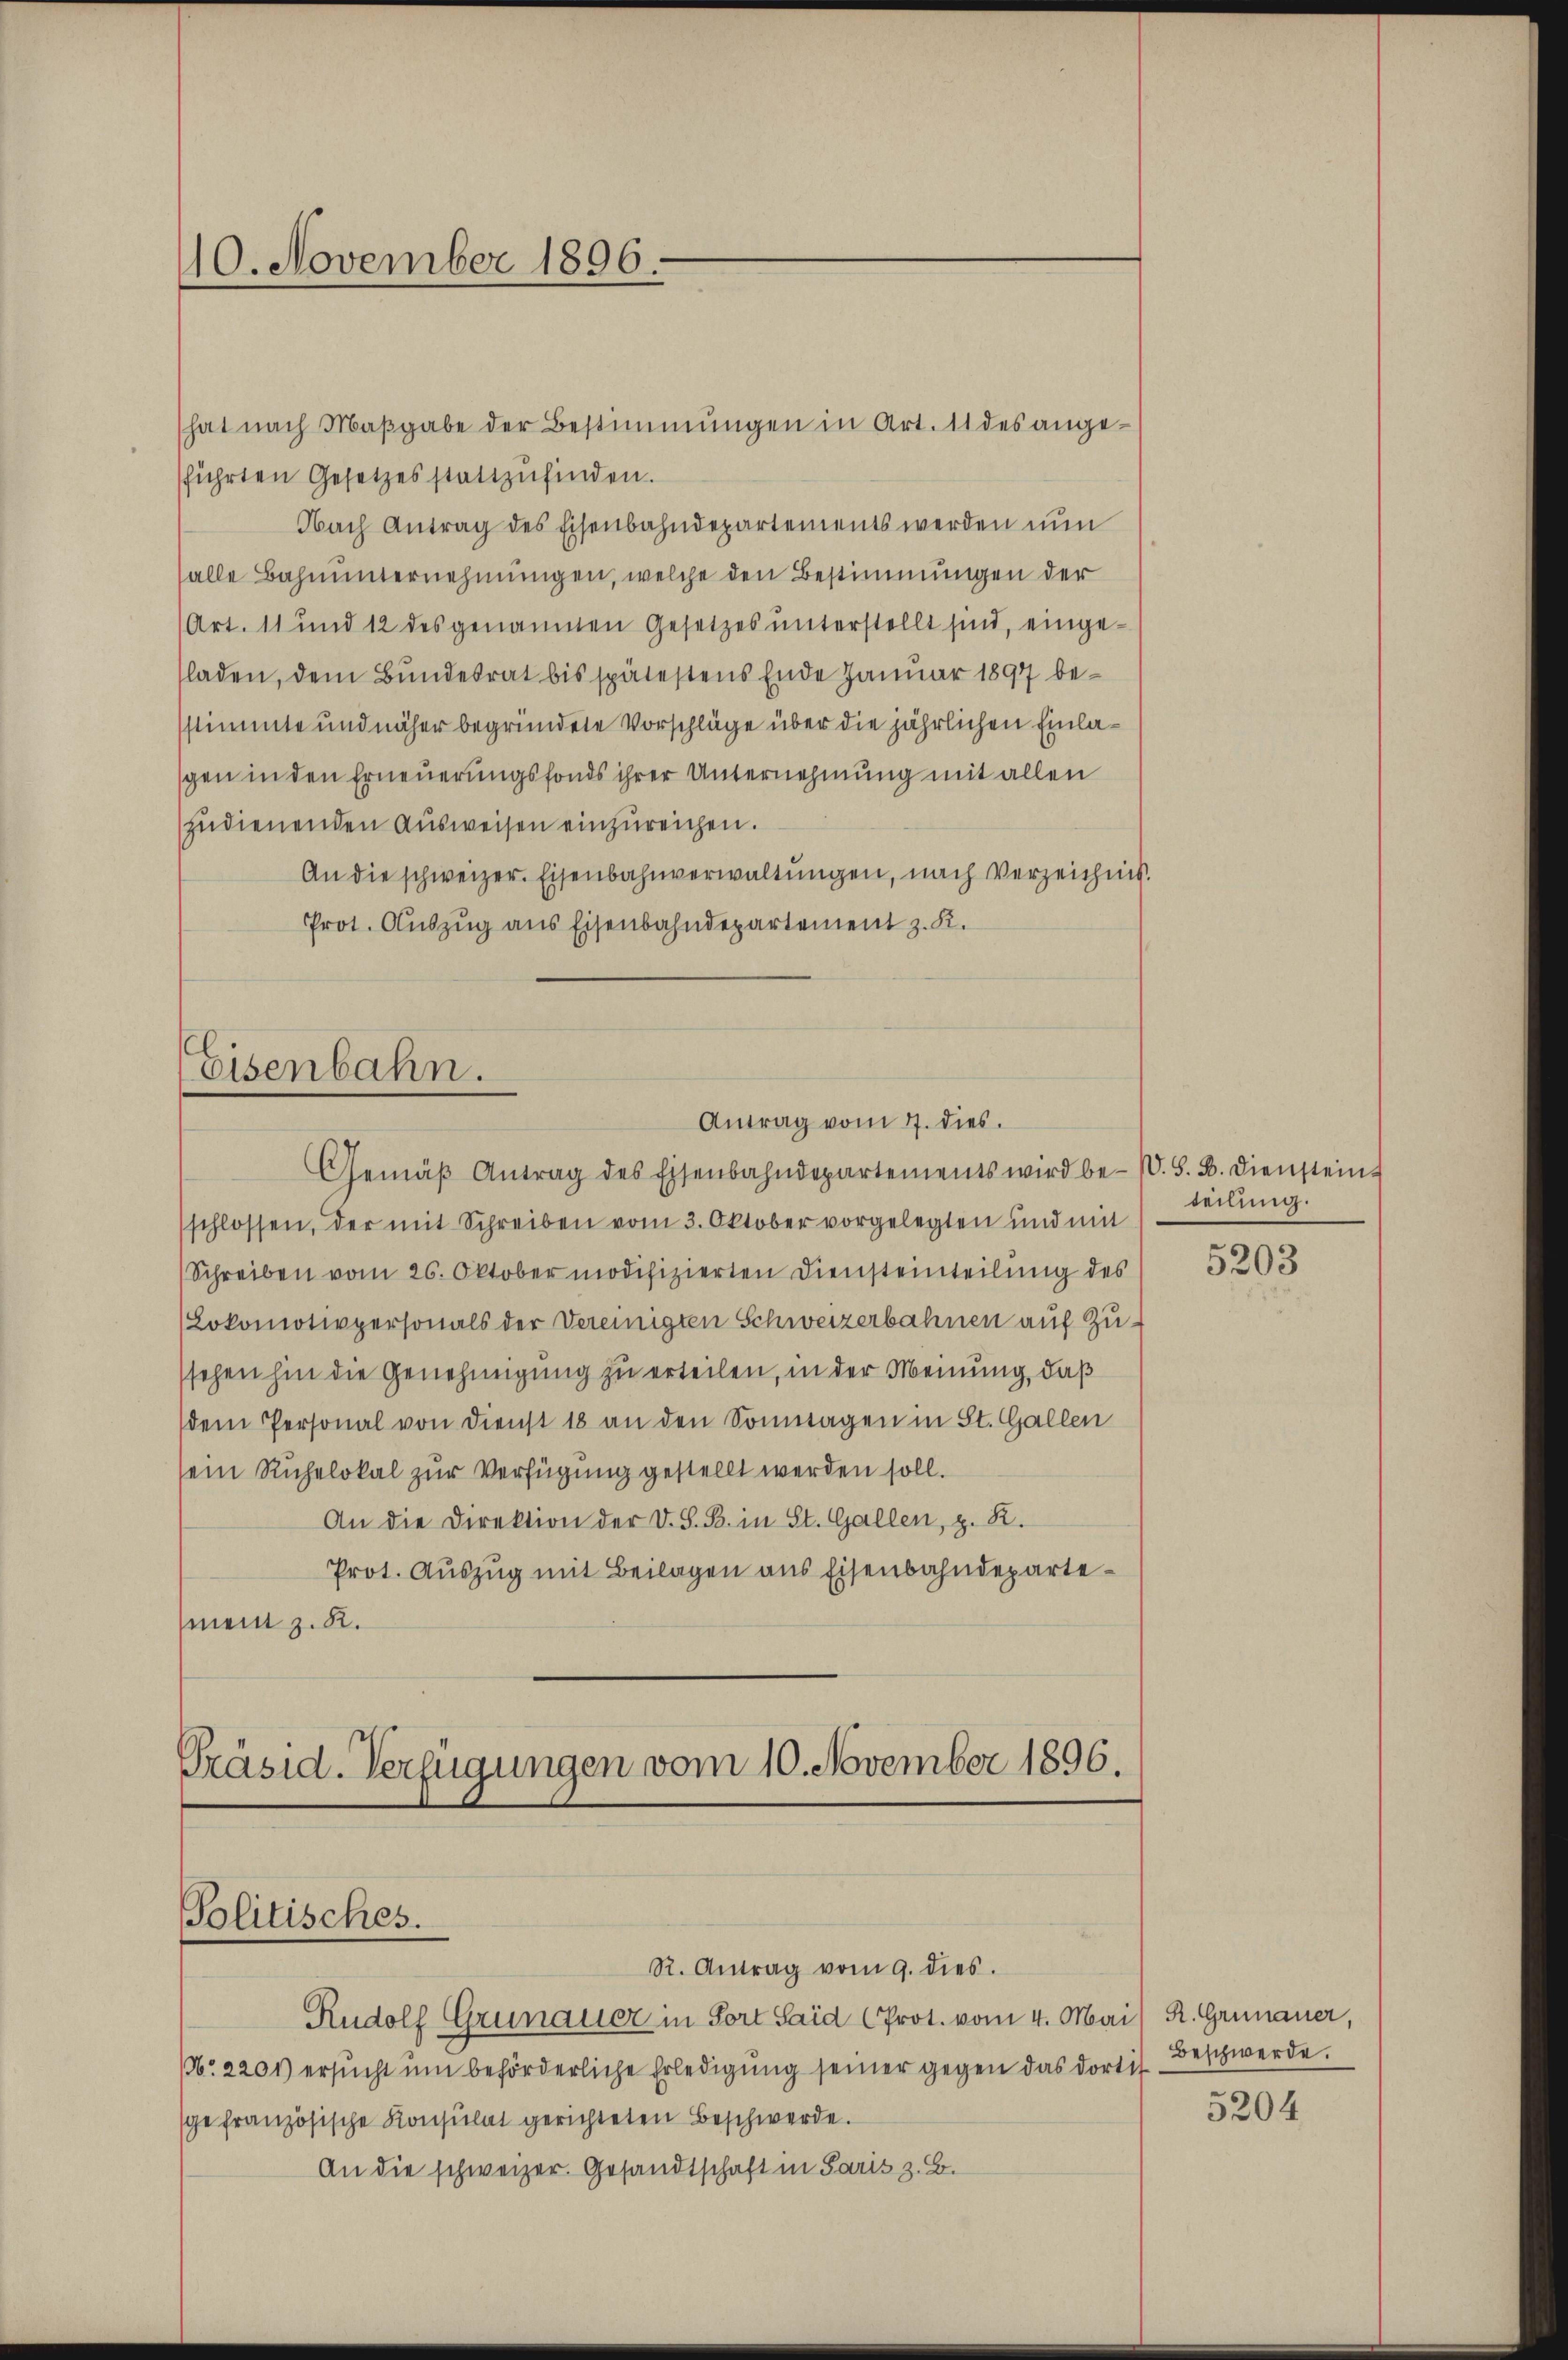
10. November 1896.

hat nach Maβgabe der Bestimmungen in Art. 11 des ange-
sführten Gesetzes stattzŭfinden.
Nach Antrag des Eisenbahndepartements werden nun
alle Bahnunternehmungen, welche den Bestimmungen der
Art. 11 und 12 des genannten Gesetzes unterstellt sind, eingesladen, dem Bundesrat bis spätestens Ende Januar 1897 bestimmte und näher begründete Vorschläge über die jährlichen Einlagen in den Erneuerungsfonds ihrer Unternehmung mit allen
zudienenden Aŭsweisen einzŭreichen.
An die schweizer. Eisenbahnverwaltungen, nach Verzeichnis.
Prot. Auszug aus Eisenbahndepartement z. K.

Eisenbahn.

Gemäβ Antrag des Eisenbahndepartements wird be- s. S. B. Diensteint
schlossen, der mit Schreiben vom 3. Oktober vorgelegten und mit
Schreiben vom 26. Oktober modifizierten Diensteinteilung des
(Lokomotivpersonals der Vereinigten Schweizerbahnen auf Zusehen hin die Genehmigung zu erteilen, in der Meinung, daß
dem Personal von Dienst 18 an den Sommagen in St. Gallen
sein Ruhelokal zur Verfügung gestellt werden soll.
An die Direktion der V. S. B. in St. Gallen, z. R.
Prot. Auszug mit Beilagen aus Eisenbahndeparte¬
(mein z. R.

Antrag vom 7. dies

Präsid. Verfügungen vom 10. November 1896.
Solitisches.
R. Antrag vom 9. dies
Rudolf Grünauer in Fort Said (Prot. vom 4. Mai R. Grünauer,

1. 2201) ersucht um beförderliche Erledigung seiner gegen das dor
sge französische Konsulat gerichteten Beschwerde.
An die schweizer. Gesandtschaft in Paris z. B.

teilung.

5203

Beschwerde.
tit

5204